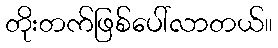
တိုးတက်ဖြစ်ပေါ်လာတယ်။